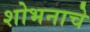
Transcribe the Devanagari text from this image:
शोभनाचे